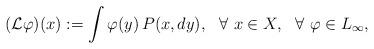
LaTeX: \begin{align*} ({\mathcal L} \varphi) (x) : = \int \varphi(y) \, P(x, dy), \ \ \forall \ x \in X, \ \ \forall \ \varphi \in L_{\infty},\end{align*}